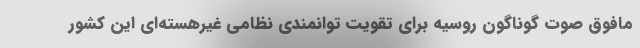
مافوق صوت گوناگون روسیه برای تقویت توانمندی نظامی غیرهسته‌ای این کشور